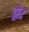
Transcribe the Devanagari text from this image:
ड्वोर